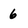
Character: 6